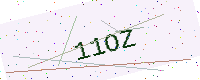
Text: 11OZ